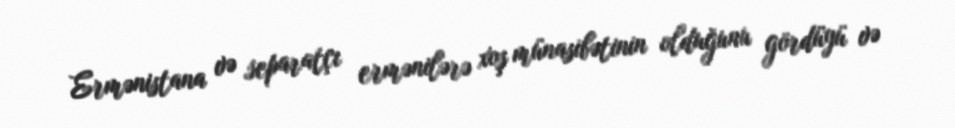
Ermənistana və separatçı ermənilərə xoş münasibətinin olduğunu gördüyü və